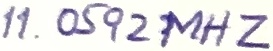
Text: 11.0592MHZ